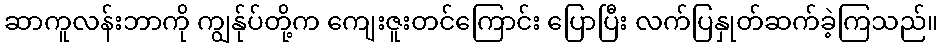
ဆာကူလန်းဘာကို ကျွန်ုပ်တို့က ကျေးဇူးတင်ကြောင်း ပြောပြီး လက်ပြနှုတ်ဆက်ခဲ့ကြသည်။